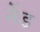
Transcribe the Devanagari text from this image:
नेंड